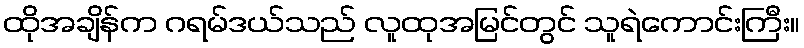
ထိုအချိန်က ဂရမ်ဒယ်သည် လူထုအမြင်တွင် သူရဲကောင်းကြီး။